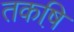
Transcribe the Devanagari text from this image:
तकष़ि